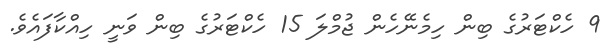
9 ހެކްޓަރުގެ ބިން ހިމެނޭހެން ޖުމްލަ 15 ހެކްޓަރުގެ ބިން ވަނީ ހިއްކާފައެވެ.